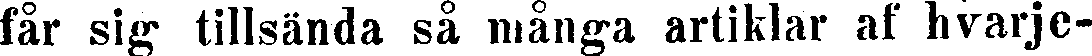
får sig tillsända så många artiklar af hvarje-